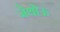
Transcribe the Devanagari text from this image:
जेथोऊ